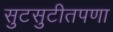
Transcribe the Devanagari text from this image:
सुटसुटीतपणा